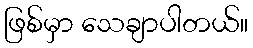
ဖြစ်မှာ သေချာပါတယ်။